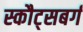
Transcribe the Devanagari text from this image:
स्कौट्सबर्ग